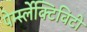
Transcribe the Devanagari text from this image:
पेर्म्स्लेक्टिविटी